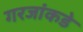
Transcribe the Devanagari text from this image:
गरजांकडे